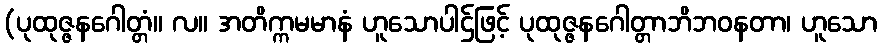
(ပုထုဇ္ဇနဂေါတ္တံ။ လ။ အတိက္ကမမာနံ ဟူသောပါဌ်ဖြင့် ပုထုဇ္ဇနဂေါတ္တာဘိဘဝနတာ၊ ဟူသော